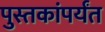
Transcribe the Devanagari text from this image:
पुस्तकांपर्यंत